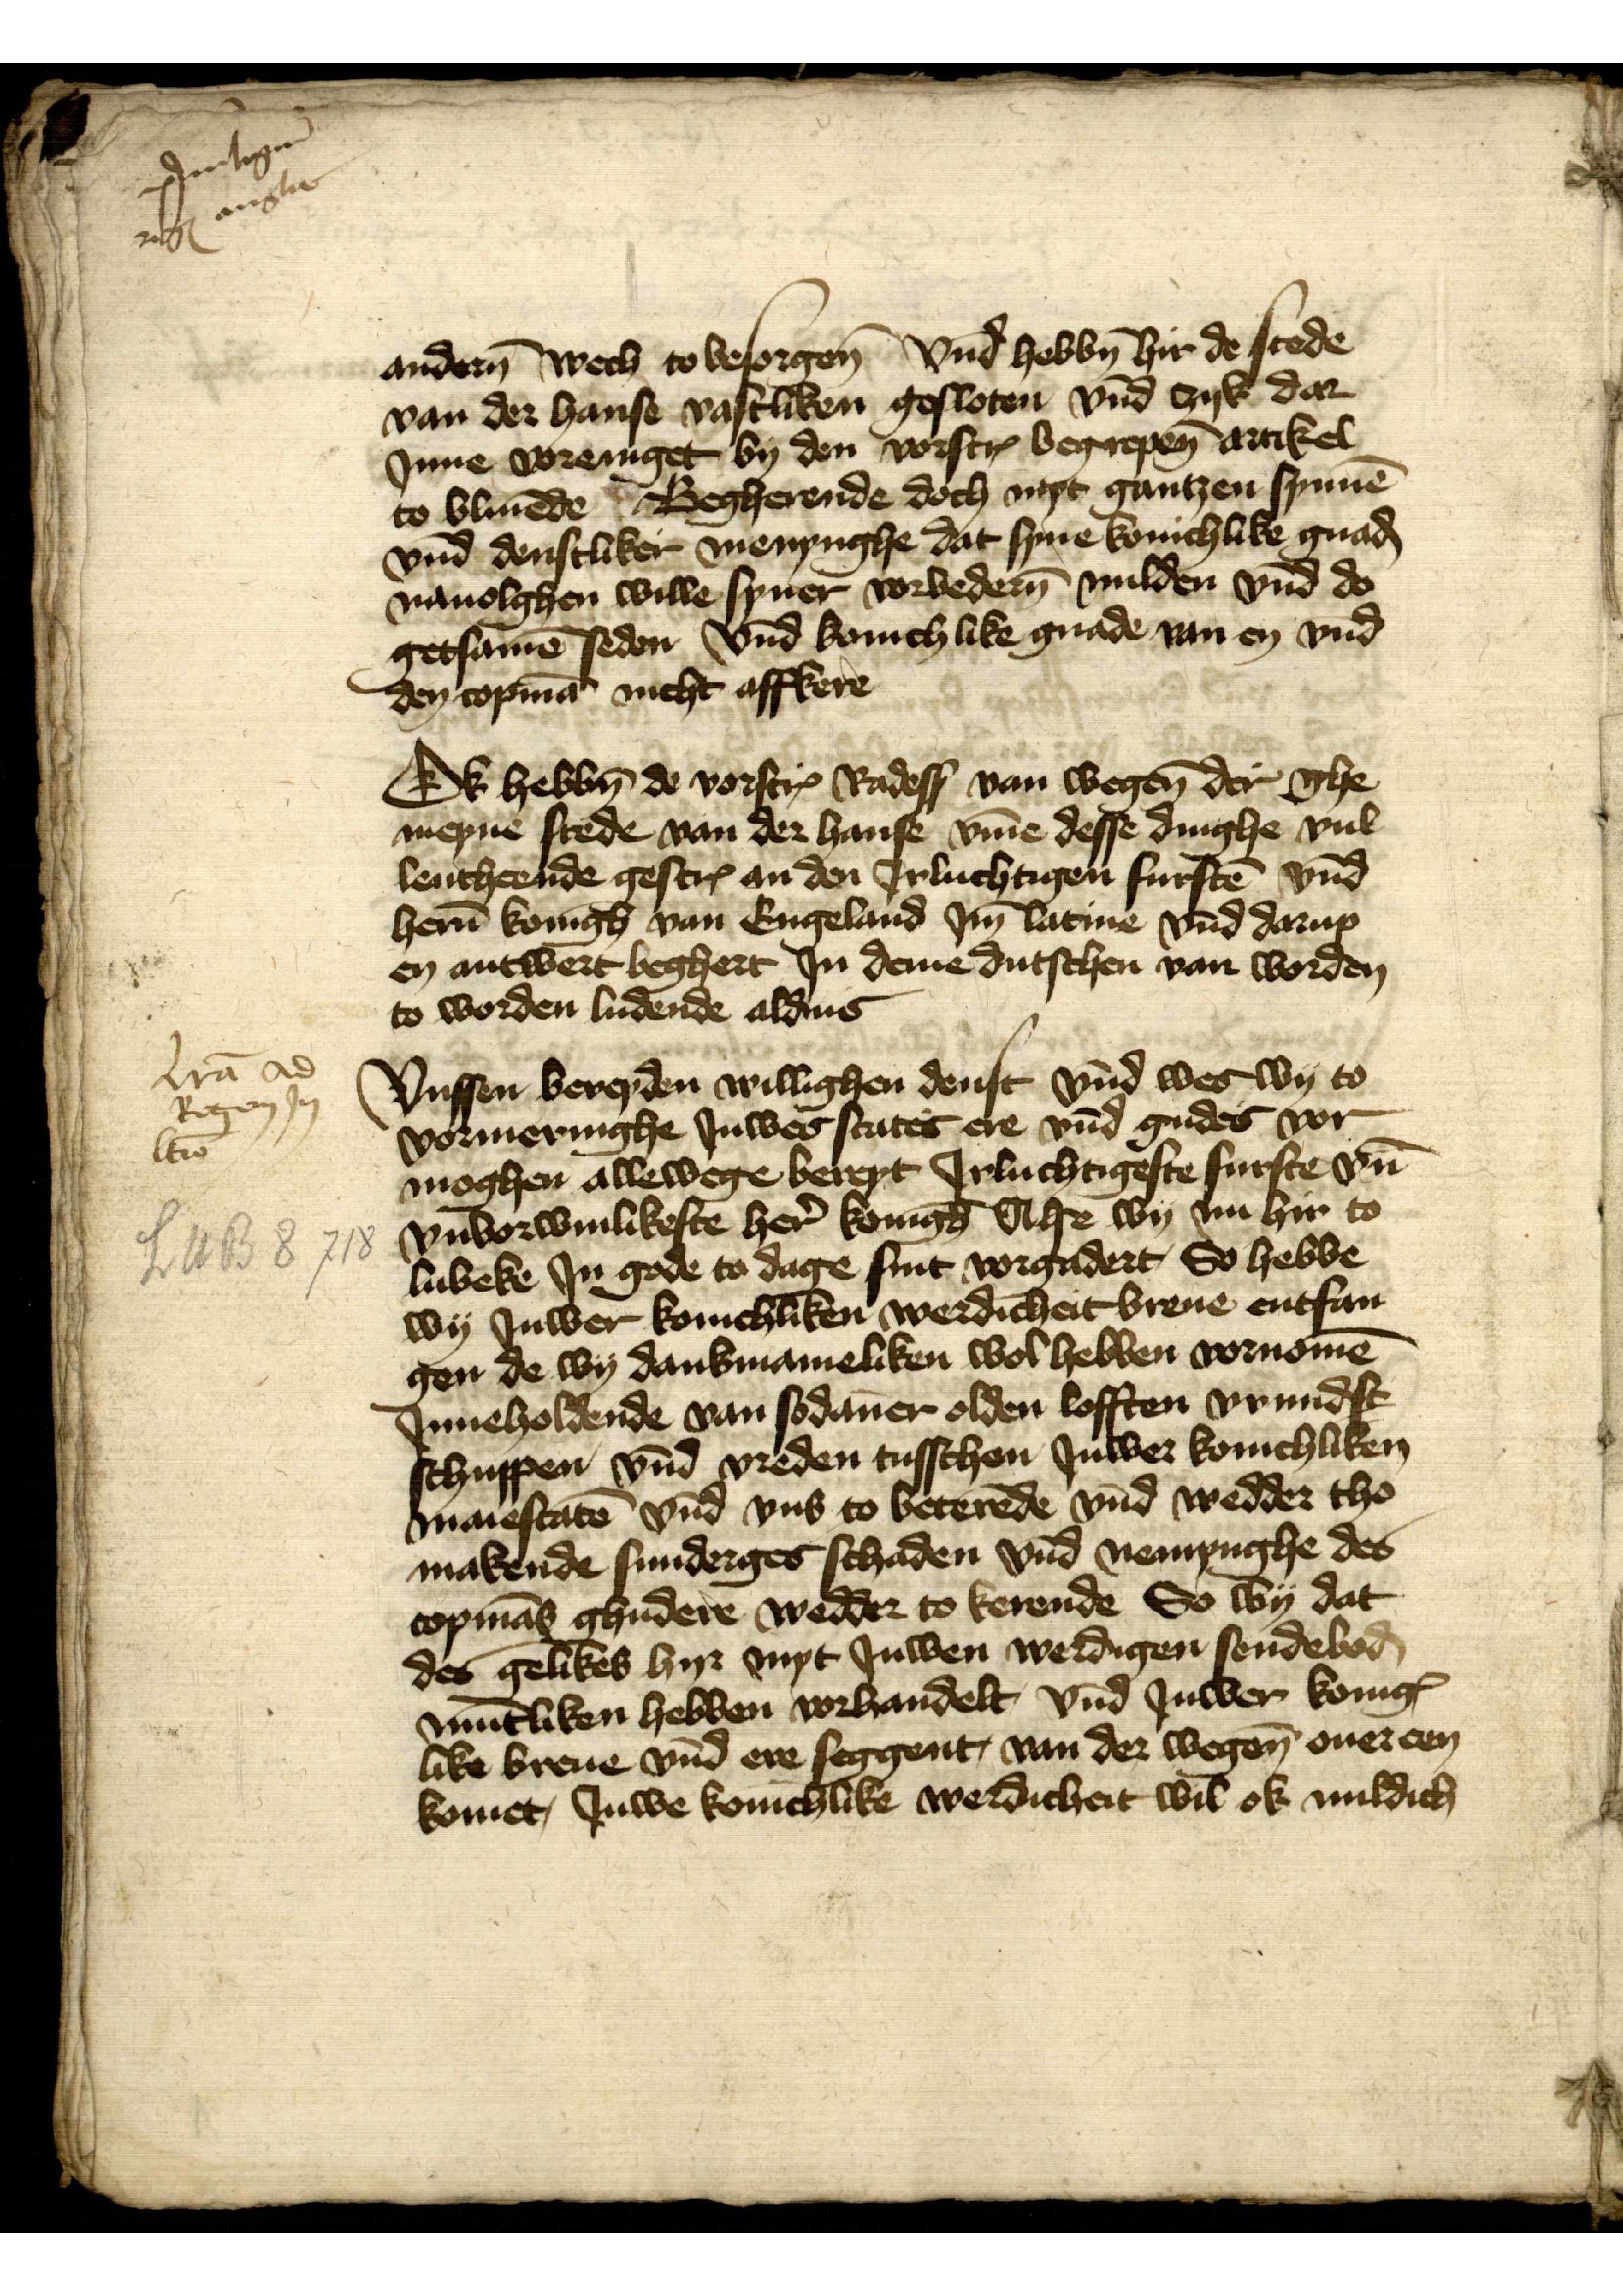
po̧intagen
ergꝬ ansa

anderen wech to besorgen vnd hebben hir de stede 
van der hanse vastliken gesloten vnd zyk, dar
Jnne voreniget by den vorscreuen begrepenen artikel
to bliuende Begherende doch myt gantzen synnen
vnd denstliker menynghe dat syne konichlike gnaden
nauolghen wille syner vorbederen milden vnd do
getsamen seden vnd konichlike gnade van en vnd
den copman nicht affkere

Ok hebbn de vorscreuen Radessendeboden van wegen der ghe¬
meyne stede van der hanse vmme desse dinghe vul¬
leutheende gescreuen an den Jrluchtigen fursten vnd
heren Koningh van Engeland Jme latine vnnd darup
en antwert beghert in deme dutschen van worden
to worden ludende aldus

Vnsser bereyden willighen denst vnd wes wy to
vormernighe Juwes states ere vnnd gudes vor
moghen allewege bereyt Jrluchtigeste furste vnd
vnvorwinlikeste here Koningh Alse wy nu hir to
Lubeke Jn gode to dage sint vorgadert, So hebbe
wy Juwer konichliken werdicheit breue entfan¬
gen de wy Dankmanieliken wol hebben vornomen
Jnneholdende van sodanner olden lofften vrundst¬
schuppen vnd vreden tusschen Juwer konichliken
maiestaten vnd vns to beterende vnd wedder tho
makende sunderges schaden vnd nemynghe des
copmans ghudere wedder to kerende So wy dat
des gelikes hyr myt Juwen werdigen sendeboden
muntliken hebben vorhandelt, vnd Juwer konig¬
like breue vnnd ere seggent, van der wegene ouer een¬
komet, Juwe konichlike werdicheit wil ok mildich

lrā ad
Regem Jn
ltw̄